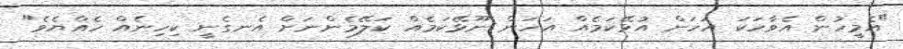
"އެމީހުން އެވާހަކަ އަހަން އުޅޭކަމެއް އަހަން ނޫޅޭކަމެއް ކަލޭމެންނަށް އެނގެނީ ކިހިނެއް ހެއްޔެވެ"